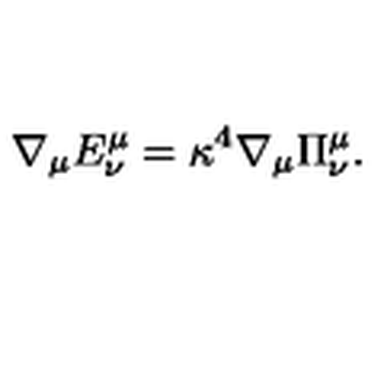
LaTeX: \nabla _ { \mu } E _ { \nu } ^ { \mu } = \kappa ^ { 4 } \nabla _ { \mu } \Pi _ { \nu } ^ { \mu } .